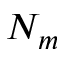
N _ { m }